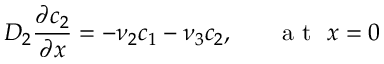
D _ { 2 } \frac { \partial c _ { 2 } } { \partial x } = - \nu _ { 2 } c _ { 1 } - \nu _ { 3 } c _ { 2 } , ~ ~ ~ ~ ~ \mathrm { ~ a ~ t ~ } ~ x = 0